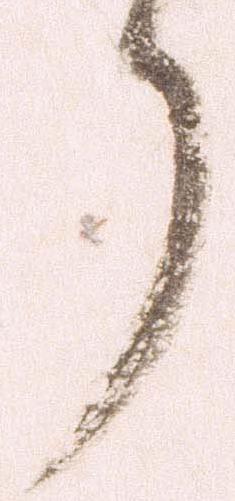
了